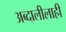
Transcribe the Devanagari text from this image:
अब्दालीलाही